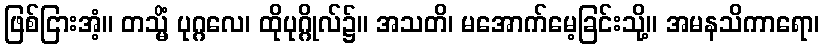
ဖြစ်ငြားအံ့။ တသ္မိံ ပုဂ္ဂလေ၊ ထိုပုဂ္ဂိုလ်၌။ အသတိ၊ မအောက်မေ့ခြင်းသို့။ အမနသိကာရော၊